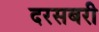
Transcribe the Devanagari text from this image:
दरसबरी